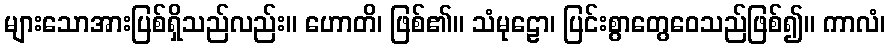
များသောအားပြစ်ရှိသည်လည်း။ ဟောတိ၊ ဖြစ်၏။ သံမုဠော၊ ပြင်းစွာတွေဝေသည်ဖြစ်၍။ ကာလံ၊